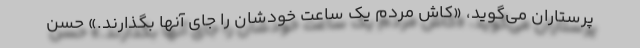
پرستاران می‌گوید، «کاش مردم یک ساعت خودشان را جای آنها بگذارند.» حسن